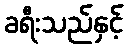
ခရီးသည်နှင့်